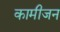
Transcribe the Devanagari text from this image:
कामीजन